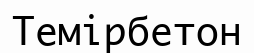
Темірбетон